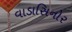
વાડાસિનોર